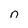
Character: n